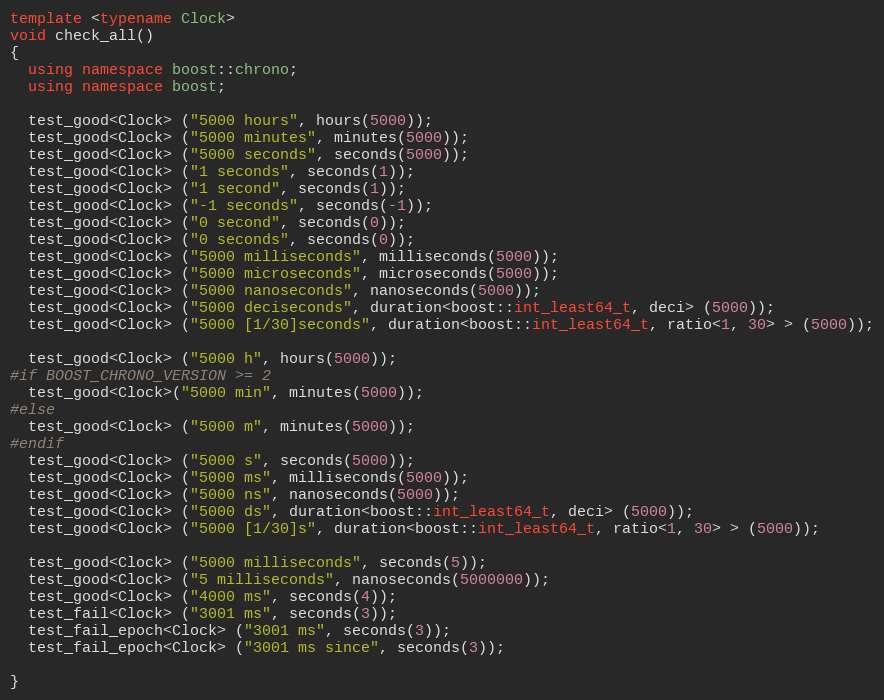
Language: C++
template <typename Clock>
void check_all()
{
  using namespace boost::chrono;
  using namespace boost;

  test_good<Clock> ("5000 hours", hours(5000));
  test_good<Clock> ("5000 minutes", minutes(5000));
  test_good<Clock> ("5000 seconds", seconds(5000));
  test_good<Clock> ("1 seconds", seconds(1));
  test_good<Clock> ("1 second", seconds(1));
  test_good<Clock> ("-1 seconds", seconds(-1));
  test_good<Clock> ("0 second", seconds(0));
  test_good<Clock> ("0 seconds", seconds(0));
  test_good<Clock> ("5000 milliseconds", milliseconds(5000));
  test_good<Clock> ("5000 microseconds", microseconds(5000));
  test_good<Clock> ("5000 nanoseconds", nanoseconds(5000));
  test_good<Clock> ("5000 deciseconds", duration<boost::int_least64_t, deci> (5000));
  test_good<Clock> ("5000 [1/30]seconds", duration<boost::int_least64_t, ratio<1, 30> > (5000));

  test_good<Clock> ("5000 h", hours(5000));
#if BOOST_CHRONO_VERSION >= 2
  test_good<Clock>("5000 min", minutes(5000));
#else
  test_good<Clock> ("5000 m", minutes(5000));
#endif
  test_good<Clock> ("5000 s", seconds(5000));
  test_good<Clock> ("5000 ms", milliseconds(5000));
  test_good<Clock> ("5000 ns", nanoseconds(5000));
  test_good<Clock> ("5000 ds", duration<boost::int_least64_t, deci> (5000));
  test_good<Clock> ("5000 [1/30]s", duration<boost::int_least64_t, ratio<1, 30> > (5000));

  test_good<Clock> ("5000 milliseconds", seconds(5));
  test_good<Clock> ("5 milliseconds", nanoseconds(5000000));
  test_good<Clock> ("4000 ms", seconds(4));
  test_fail<Clock> ("3001 ms", seconds(3));
  test_fail_epoch<Clock> ("3001 ms", seconds(3));
  test_fail_epoch<Clock> ("3001 ms since", seconds(3));

}